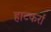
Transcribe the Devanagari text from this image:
हाटकर्रा